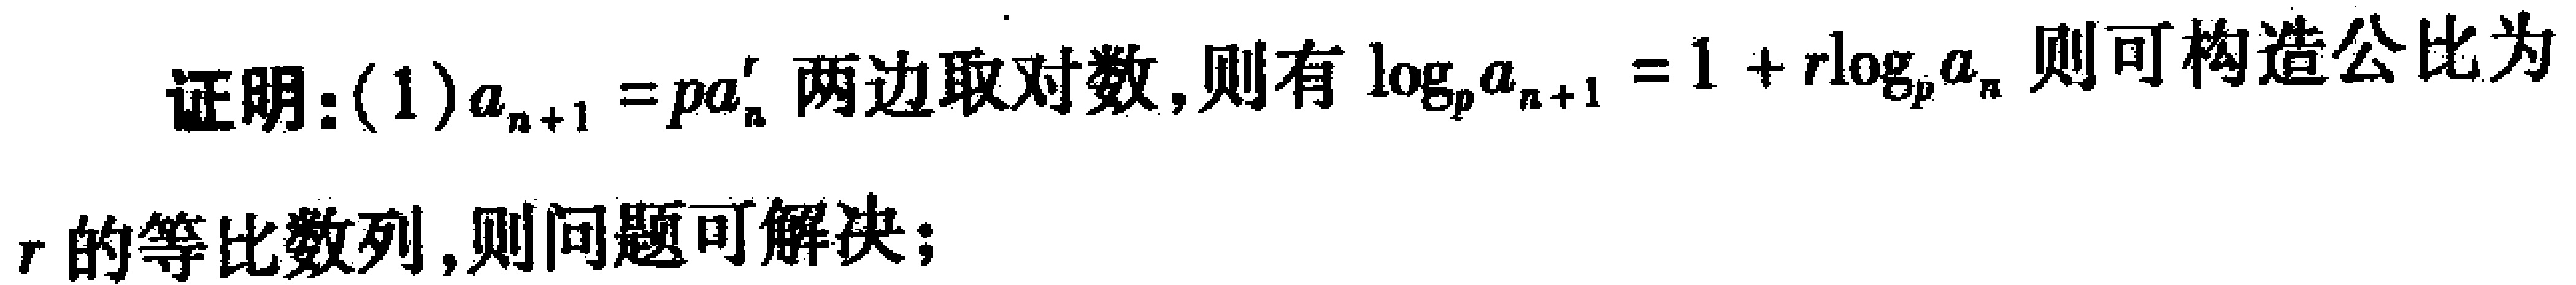
证明：(1) \(a_{n + 1} = pa_{n}^{r}\)两边取对数，则有\(\log_{p}a_{n + 1} = 1 + r\log_{p}a_{n}\)则可构造公比为\(r\)的等比数列，则问题可解决；